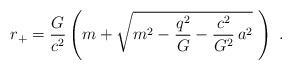
LaTeX: \begin{align*} r_{+} = \frac{G}{c^2} \left( m + \sqrt{m^2 - \frac{q^2}{G} -\frac{c^2}{G^2} \, a^2} \,\, \right) \; .\end{align*}